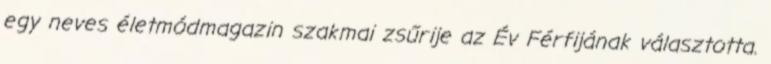
egy neves életmódmagazin szakmai zsűrije az Év Férfijának választotta.